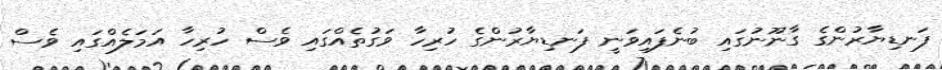
ފަނޑިޔާރުންގެ ގާނޫނުގައި ބުނެފައިވަނީ ފަނޑިޔާރުންގެ ހުރިހާ ވަގުތެއްގައި ވެސް ހުރިހާ އަމަލެއްގައި ވެސް